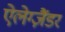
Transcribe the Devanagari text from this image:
ऐलेग्ज़ैंडर